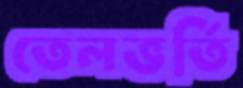
তেলভর্তি